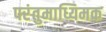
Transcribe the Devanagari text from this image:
परंतुमाध्यिमक